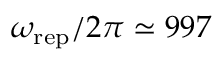
\omega _ { \mathrm { r e p } } / 2 \pi \simeq 9 9 7